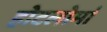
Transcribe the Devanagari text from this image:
होटलोमां